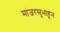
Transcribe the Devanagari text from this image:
मांजरसुभाहून